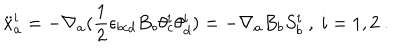
{ \ddot { x } } _ { a } ^ { i } = - \nabla _ { a } ( \frac { 1 } { 2 } \epsilon _ { b c d } B _ { b } \theta _ { c } ^ { i } \theta _ { d } ^ { i } ) = - \nabla _ { a } B _ { b } S _ { b } ^ { i } \ , \ i = 1 , 2 \ .